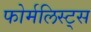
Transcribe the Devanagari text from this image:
फोर्मलिस्ट्स